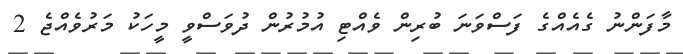
މާފަންނު ގެއެއްގެ ފަސްވަނަ ބުރިން ވެއްޓި އުމުރުން ދުވަސްވީ މީހަކު މަރުވެއްޖެ 2